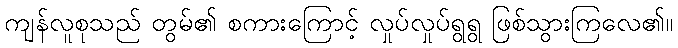
ကျန်လူစုသည် တွမ်၏ စကားကြောင့် လှုပ်လှုပ်ရွရွ ဖြစ်သွားကြလေ၏။